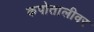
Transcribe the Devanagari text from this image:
कपोतालीवर